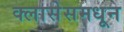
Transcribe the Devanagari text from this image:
क्लासेसमधून